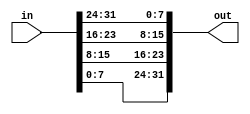
module inversion32bit( 
    input [31:0] in,
    output [31:0] out );//

    assign out[31:24]=in[7:0];
    assign out[23:16]= in[15:8];
    assign out[15:8]= in[23:16];
    assign out[7:0]= in[31:24];

endmodule